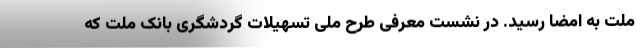
ملت به امضا رسید. در نشست معرفی طرح ملی تسهیلات گردشگری بانک ملت که